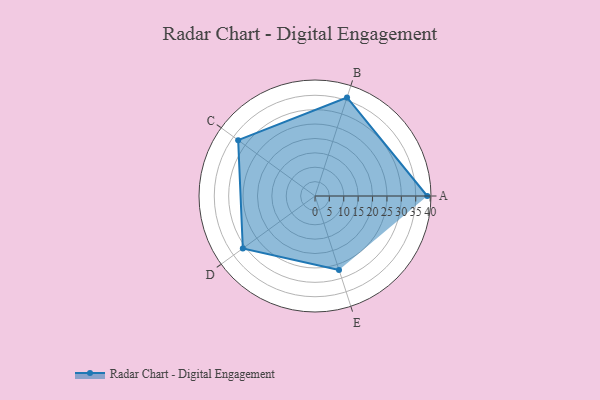
{"axis": {"x": "Skill", "y": "Score"}, "legend": ["Profile"], "data": [{"x": "A", "y": 39.0, "type": "Profile"}, {"x": "B", "y": 36.0, "type": "Profile"}, {"x": "C", "y": 33.0, "type": "Profile"}, {"x": "D", "y": 31.0, "type": "Profile"}, {"x": "E", "y": 27.0, "type": "Profile"}]}